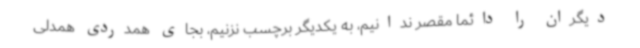
دیگران را دائما مقصر ندانیم، به یکدیگر برچسب نزنیم، بجای همدردی همدلی